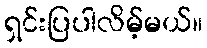
ရှင်းပြပါလိမ့်မယ်။